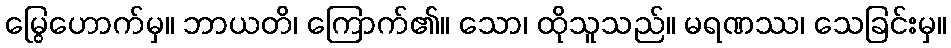
မြွေဟောက်မှ။ ဘာယတိ၊ ကြောက်၏။ သော၊ ထိုသူသည်။ မရဏဿ၊ သေခြင်းမှ။